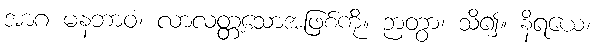
အာဂ မနဘာဝံ၊ လာလတ္တံ့သောအဖြစ်ကို။ ဉာတွာ၊ သိ၍။ နိရယေ၊